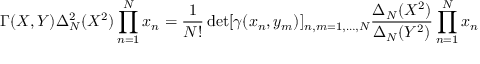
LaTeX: \Gamma ( X , Y ) \Delta _ { N } ^ { 2 } ( X ^ { 2 } ) \prod _ { n = 1 } ^ { N } x _ { n } = \frac { 1 } { N ! } \operatorname * { d e t } [ \gamma ( x _ { n } , y _ { m } ) ] _ { n , m = 1 , \ldots , N } \frac { \Delta _ { N } ( X ^ { 2 } ) } { \Delta _ { N } ( Y ^ { 2 } ) } \prod _ { n = 1 } ^ { N } x _ { n }